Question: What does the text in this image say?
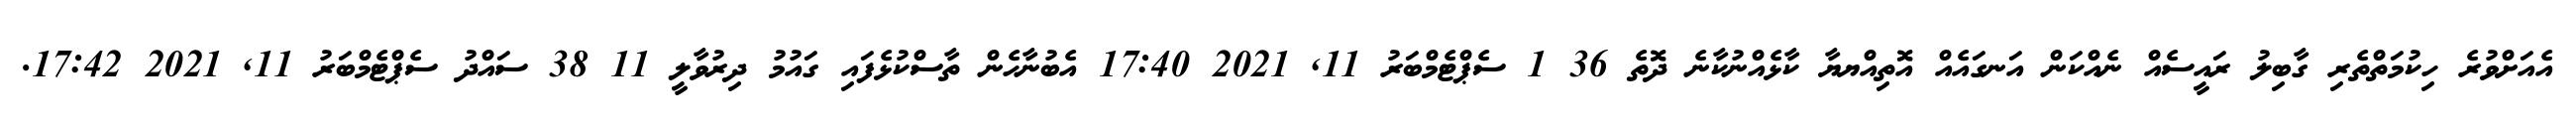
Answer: އެއަށްވުރެ ހިކުމަތްތެރި ގާބިލު ރައީސެއް ނެއްކަން އަނގައެއް އޮތިއްޔޔާ ކާޅެއްނުކާނެ ދޮތެ 36 1 ސެޕްޓެމްބަރު 11, 2021 17:40 އެބުނާހެން ތާސްކުޅެފައި ގައުމު ދިރުވާލީ 11 38 ސައްދު ސެޕްޓެމްބަރު 11, 2021 17:42.